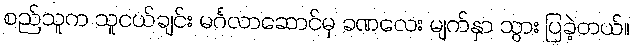
စည်သူက သူငယ်ချင်း မင်္ဂလာဆောင်မှ ခဏလေး မျက်နှာ သွား ပြခဲ့တယ်။